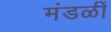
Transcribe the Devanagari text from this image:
मंडळीं